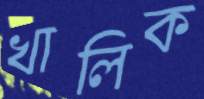
খালিক